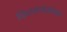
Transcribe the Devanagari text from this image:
किटकनाशकाचा